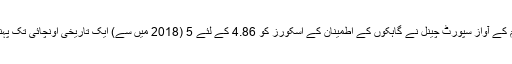
سپورٹ ٹیم کے آواز سپورٹ چینل نے گاہکوں کے اطمینان کے اسکورز کو 4.86 کے لئے 5 (2018 میں سے) ایک تاریخی اونچائی تک پہنچا دیا ہے۔